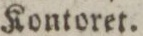
Kontoret.